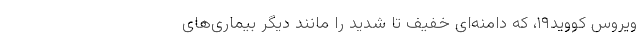
ویروس کووید۱۹، که دامنه‌ای خفیف تا شدید را مانند دیگر بیماری‌های